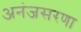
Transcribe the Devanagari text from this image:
अनंजसरणा